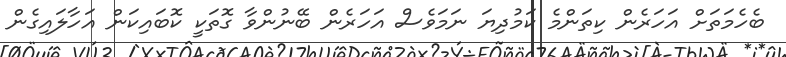
ބެހެމަތަށް އަހަރެން ކިތަންމެ ކަމުދިޔަ ނަމަވެސް އަހަރެން ބޭނުންވާ ގޮތަކީ ކޮބައިކަން އަހާލައިގެން